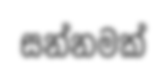
සන්නමක්